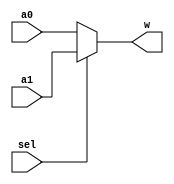
`timescale 1ns/1ns
module Multiplexer25bit2to1 (a0, a1, sel, w);
    input [24:0]a0,a1;
    input sel;
    output [24:0]w;

	assign w = ~sel ? a0:a1;
endmodule